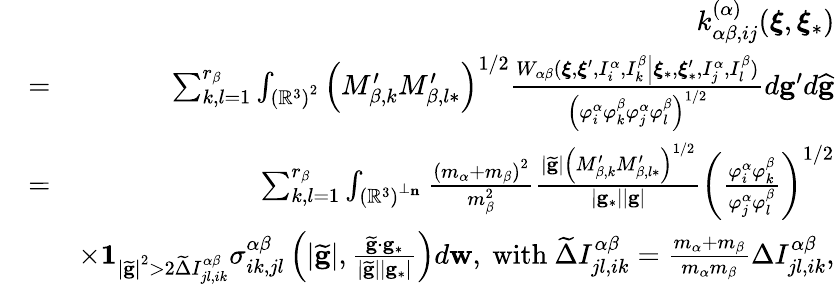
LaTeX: \begin{array}{rlr}&{}&{k_{\alpha\beta,ij}^{\left(\alpha\right)}(\boldsymbol{\xi},\boldsymbol{\xi}_{\ast})}\\ &{=}&{\sum_{k,l=1}^{r_{\beta}}\int_{\left(\mathbb{R}^{3}\right)^{2}}\left(M_{\beta,k}^{\prime}M_{\beta,l\ast}^{\prime}\right)^{1/2}\frac{W_{\alpha\beta}(\boldsymbol{\xi},\boldsymbol{\xi}^{\prime},I_{i}^{\alpha},I_{k}^{\beta}\left\vert\boldsymbol{\xi}_{\ast},\boldsymbol{\xi}_{\ast}^{\prime},I_{j}^{\alpha},I_{l}^{\beta}\right.)}{\left(\varphi_{i}^{\alpha}\varphi_{k}^{\beta}\varphi_{j}^{\alpha}\varphi_{l}^{\beta}\right)^{1/2}}d\mathbf{g}^{\prime}d\widehat{\mathbf{g}}}\\ &{=}&{\sum_{k,l=1}^{r_{\beta}}\int_{\left(\mathbb{R}^{3}\right)^{\perp_{\mathbf{n}}}}\frac{\left(m_{\alpha}+m_{\beta}\right)^{2}}{m_{\beta}^{2}}\frac{\left\vert\widetilde{\mathbf{g}}\right\vert\left(M_{\beta,k}^{\prime}M_{\beta,l\ast}^{\prime}\right)^{1/2}}{\left\vert\mathbf{g}_{\ast}\right\vert\left\vert\mathbf{g}\right\vert}\left(\frac{\varphi_{i}^{\alpha}\varphi_{k}^{\beta}}{\varphi_{j}^{\alpha}\varphi_{l}^{\beta}}\right)^{1/2}}\\ &{}&{\times\mathbf{1}_{\left\vert\widetilde{\mathbf{g}}\right\vert^{2}>2\widetilde{\Delta}I_{jl,ik}^{\alpha\beta}}\sigma_{ik,jl}^{\alpha\beta}\left(\left\vert\widetilde{\mathbf{g}}\right\vert,\frac{\widetilde{\mathbf{g}}\cdot\mathbf{g}_{\ast}}{\left\vert\widetilde{\mathbf{g}}\right\vert\left\vert\mathbf{g}_{\ast}\right\vert}\right)d\mathbf{w}\mathrm{,~with~}\widetilde{\Delta}I_{jl,ik}^{\alpha\beta}=\frac{m_{\alpha}+m_{\beta}}{m_{\alpha}m_{\beta}}\Delta I_{jl,ik}^{\alpha\beta}\mathrm{,}}\end{array}